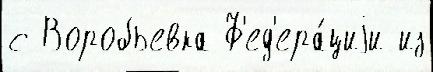
с Воробьевка Ф'ед'ера́циjи из